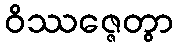
ဝိဿဇ္ဇေတွာ